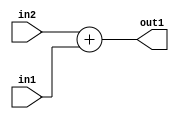
`timescale 1ps / 1ps
/*****************************************************************************
    Verilog RTL Description
    
    
    Created by: Stratus DpOpt 21.05.01 
*******************************************************************************/

module dut_Add_6Ux4U_7U_1 (
	in2,
	in1,
	out1
	); /* architecture "behavioural" */ 
input [5:0] in2;
input [3:0] in1;
output [6:0] out1;
wire [6:0] asc001;

assign asc001 = 
	+(in2)
	+(in1);

assign out1 = asc001;
endmodule

/* CADENCE  ubD0SgA= : u9/ySxbfrwZIxEzHVQQV8Q== ** DO NOT EDIT THIS LINE ******/